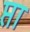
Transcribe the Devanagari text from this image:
प्ता